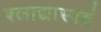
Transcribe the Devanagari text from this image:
श्लाद्यास्पदं